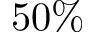
5 0 \%